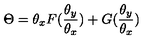
\Theta = \theta _ { x } F ( { \frac { \theta _ { y } } { \theta _ { x } } } ) + G ( { \frac { \theta _ { y } } { \theta _ { x } } } )